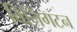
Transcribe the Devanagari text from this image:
विनिंगटन